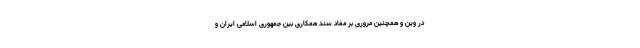
در وین و همچنین مروری بر مفاد سند همکاری بین جمهوری اسلامی ایران و